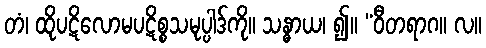
တံ၊ ထိုပဋိလောမပဋိစ္စသမုပ္ပါဒ်ကို။ သန္ဓာယ၊ ၍။ “ဝီတရာဂ။ လ။